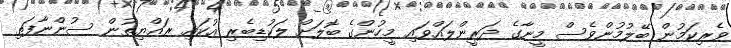
ވެރިކަމުން ބޭލުމުންވެސް މީނާގެ ދަރީންލައްވައި މީހުންގެ ބޮލަށް ލަކުޑިބެރި އުކައި ރައްޔިތުން ސުންނާފަތި